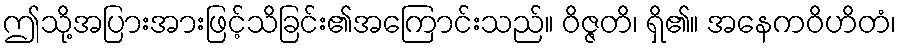
ဤသို့အပြားအားဖြင့်သိခြင်း၏အကြောင်းသည်။ ဝိဇ္ဇတိ၊ ရှိ၏။ အနေကဝိဟိတံ၊